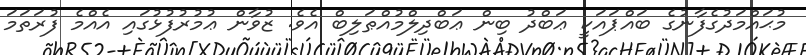
މުޙައްމަދުގެފާނުގެ ބައްޕައަކީ ޢަބްދު ބިން ޢަބްދިލްމުއްޠަލިބް އެވެ. ޒުވާން ޢުމުރުފުޅުގައި އެއްމެ ފުރަތަމަ